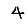
Digit: 4